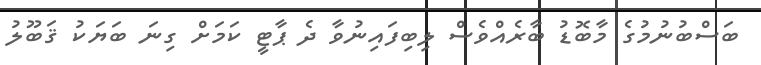
ބަސްބުނުމުގެ މާބޮޑު ބާރެއްވެސް ލިބިފައިނުވާ ދެ ޕާޓީ ކަމަށް ގިނަ ބަޔަކު ޤަބޫލު